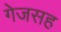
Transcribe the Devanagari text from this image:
गेजसह